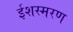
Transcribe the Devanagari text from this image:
ईशस्मरण